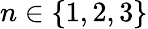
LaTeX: n\in\{ 1,2,3\}